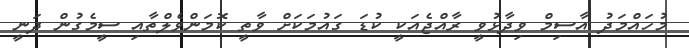
މުހައްމަދު އާސިމް ވިދާޅުވީ ރާއްޖެއަކީ ކުޑަ ގައުމަކަށް ވާތީ ކޮމަންވެލްތާއި ސީމެގުން ދަނީ